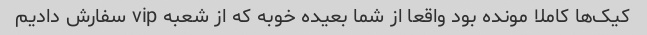
کیک‌ها کاملا مونده بود واقعا از شما بعیده خوبه که از شعبه vip سفارش دادیم